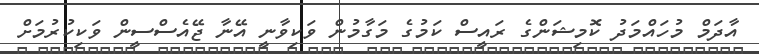
އާދަމް މުހައްމަދު ކޮމިޝަންގެ ރައީސް ކަމުގެ މަގާމުން ވަކިވާނީ އޭނާ ޖޭއެސްސީން ވަކިކުރުމަށް